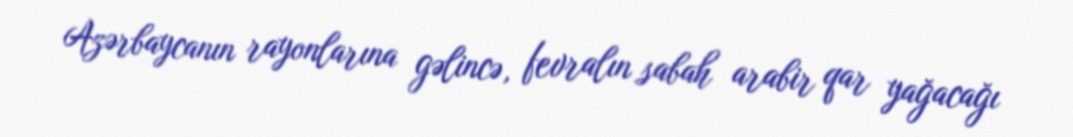
Azərbaycanın rayonlarına gəlincə, fevralın sabah arabir qar yağacağı